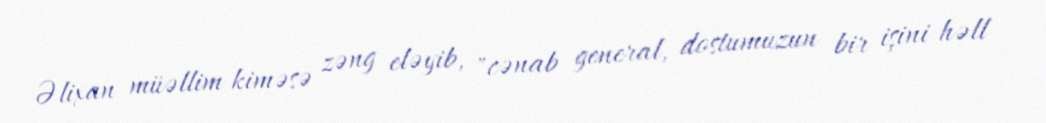
Əlixan müəllim kiməsə zəng eləyib, "cənab general, dostumuzun bir işini həll